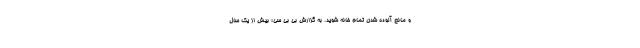
و مانع آلوده شدن تمام خانه شوید. به گزارش بی بی سی؛ بیش از یک سال